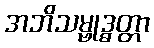
အဘိသမ္ဗုဒ္ဓတ္တာ